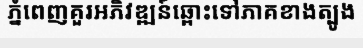
ភ្នំពេញគួរអភិវឌ្ឍន៍ឆ្ពោះទៅភាគខាងត្បូង